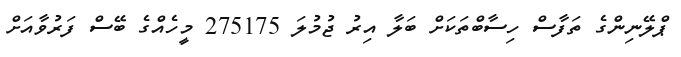
ޕްލޭނިންގެ ތަފާސް ހިސާބްތަކަށް ބަލާ އިރު ޖުމުލަ 275175 މީހެއްގެ ބޭސް ފަރުވާއަށް